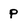
Character: P